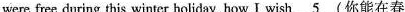
were free during this winter holiday,how I wish \underline{5}(你能在春